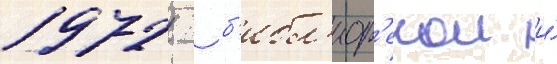
1972  б'ибл'иот'екои и́